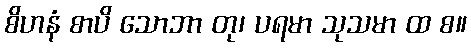
စိဟနံ စာပိ သောဘာ တု၊ ပရမာ သုသမာ ထ စ။